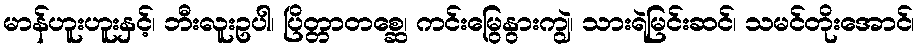
မာန်ဟူးဟူးနှင့်၊ ဘီးလူးဥပါ၊ ပြိတ္တာတစ္ဆေ၊ ကင်းမြွေနွားကျွဲ၊ သားရဲမြင်းဆင်၊ သမင်တိုးအောင်၊